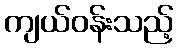
ကျယ်ဝန်းသည့်